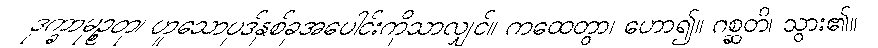
ဒုက္ခာမုဉ္စတု၊ ဟူသောပုဒ်နှစ်ခုအပေါင်းကိုသာလျှင်။ ကထေတွာ၊ ဟော၍။ ဂစ္ဆတိ၊ သွား၏။